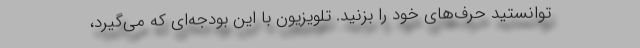
توانستید حرف‌های خود را بزنید. تلویزیون با این بودجه‌ای که می‌گیرد،